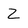
Character: Z